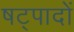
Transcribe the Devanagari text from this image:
षट्पादों